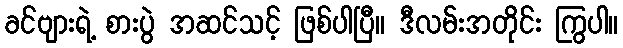
ခင်ဗျားရဲ့ စားပွဲ အဆင်သင့် ဖြစ်ပါပြီ။ ဒီလမ်းအတိုင်း ကြွပါ။